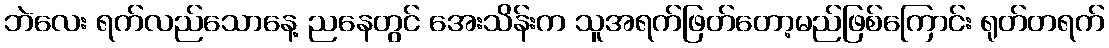
ဘဲလေး ရက်လည်သောနေ့ ညနေတွင် အေးသိန်းက သူအရက်ဖြတ်တော့မည်ဖြစ်ကြောင်း ရုတ်တရက်